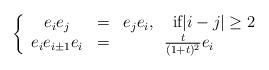
LaTeX: \begin{align*}\left\{\begin{array}{ccc}e_i e_j &=& e_j e_i, \quad\hbox{if} |i-j|\ge 2\\e_i e_{i\pm 1} e_i &=& {t\over (1+t)^2} e_i\end{array}\right.\end{align*}